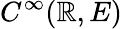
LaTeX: C^{\infty}(\mathbb{R},E)